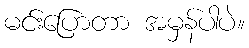
မင်းပြောတာ အမှန်ပါပဲ။